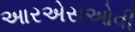
આરએસઓવી